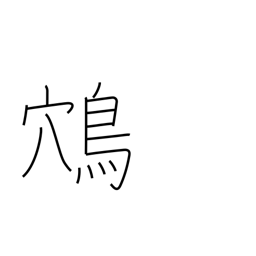
Meaning: swooping